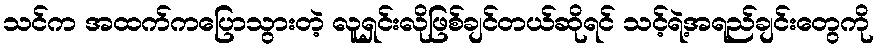
သင်က အထက်ကပြောသွားတဲ့ လူရှင်းလိုဖြစ်ချင်တယ်ဆိုရင် သင့်ရဲ့အရည်ချင်းတွေကို